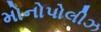
મોનોપોલીઝ